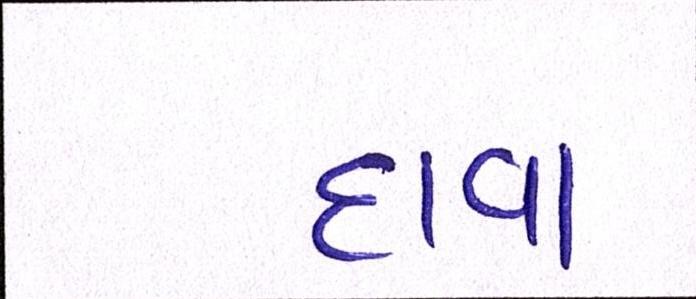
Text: દાવા